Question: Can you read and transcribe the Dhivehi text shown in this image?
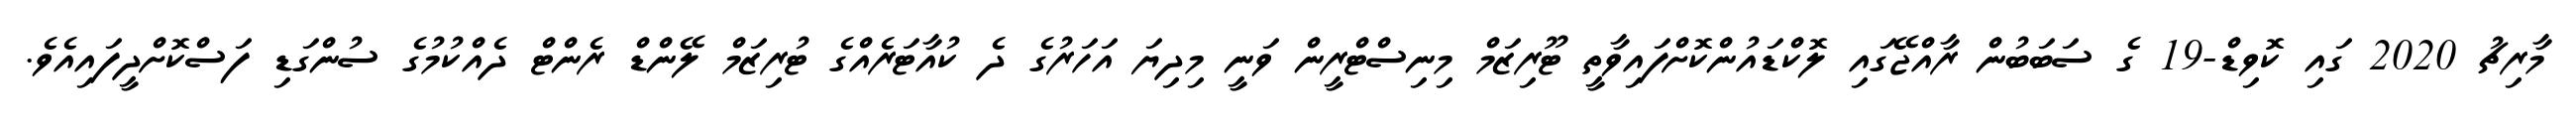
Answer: މާރިޗު 2020 ގައި ކޮވިޑް-19 ގެ ސަބަބުން ރާއްޖޭގައި ލޮކްޑައުންކޮށްފައިވާތީ ޓޫރިޒަމް މިނިސްޓްރީން ވަނީ މިދިޔަ އަހަރުގެ ދެ ކުއާޓަރެއްގެ ޓުރިޒަމް ލޭންޑް ރެންޓް ދެއްކުމުގެ ސުންގަޑި ފަސްކޮށްދީފައިއެވެ.